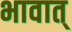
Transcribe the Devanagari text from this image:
भावात्